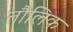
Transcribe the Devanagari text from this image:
तौलिक